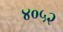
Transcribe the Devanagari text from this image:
४०५२